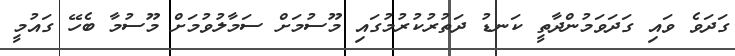
ގަދަވެ ވައި ގަދަވަމުންދާތީ ކަނޑު ދަތުރުކުރުމުގައި މޫސުމަށް ސަމާލުވުމަށް މޫސުމާ ބެހޭ ގައުމީ